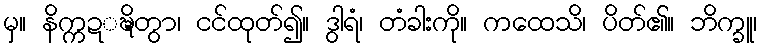
မှ။ နိက္ကဍ္ဍ္ဎိတွာ၊ ငင်ထုတ်၍။ ဒွါရံ၊ တံခါးကို။ ကထေသိ၊ ပိတ်၏။ ဘိက္ခူ၊